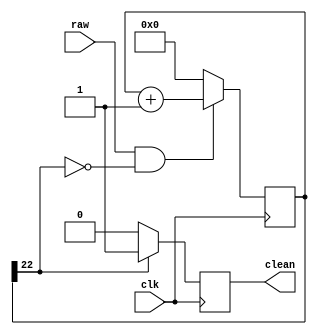
`timescale 1ns / 1ps
//////////////////////////////////////////////////////////////////////////////////
// Company: 
// Engineer: 
// 
// Design Name: 
// Module Name:    ALARM_CLOCK 
// Project Name: 
// Target Devices: 
// Tool versions: 
// Description: 
//
// Dependencies: 
//
// Revision: 
// Revision 0.01 - File Created
// Additional Comments: 
//
//////////////////////////////////////////////////////////////////////////////////
module debouncer(
	input raw,
	input clk,
	output reg clean
	);
	
	parameter N = 22;
	reg [N:0] count;
	
	always @(posedge clk)
	begin
		count <= (raw == 1 & count[N]!=1) ? (count + 1) : 0;
		clean <= (count[N]==1) ? 1:0;
	end
endmodule